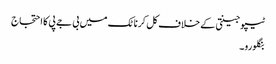
ٹیپو جینتی کے خلاف کل کرناٹک میں بی جے پی کا احتجاج
بنگلورو۔